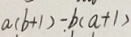
a ( b + 1 ) - b ( a + 1 )